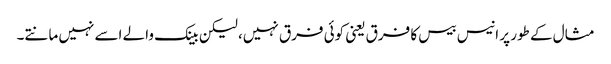
مثال کے طور پر انیس بیس کا فرق یعنی کوئی فرق نہیں، لیکن بینک والے اسے نہیں مانتے۔